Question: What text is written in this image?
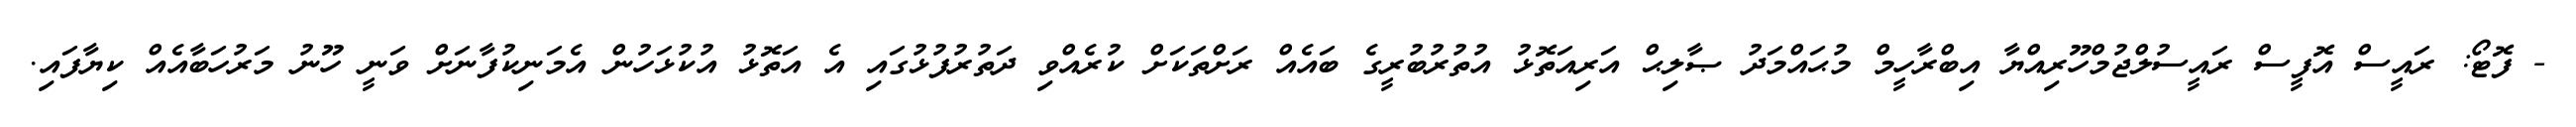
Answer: - ފޮޓޯ: ރައީސް އޮފީސް ރައީސުލްޖުމްހޫރިއްޔާ އިބްރާހީމް މުޙައްމަދު ޞާލިޙް އަރިއަތޮޅު އުތުރުބުރީގެ ބައެއް ރަށްތަކަށް ކުރެއްވި ދަތުރުފުޅުގައި އެ އަތޮޅު އުކުޅަހުން އެމަނިކުފާނަށް ވަނީ ހޫނު މަރުހަބާއެއް ކިޔާފައި.